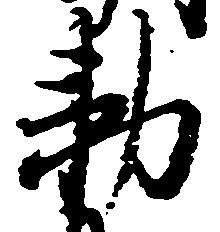
勅